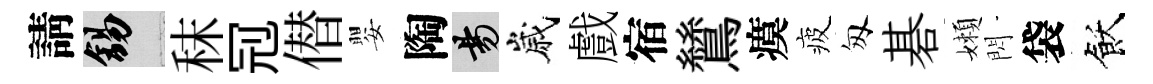
請錫秣𠜍僣嬰陶昜嵗戲宿鷥瘼疲匆碁嬾閃袋飫